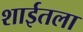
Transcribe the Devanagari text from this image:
शाईतला